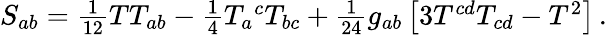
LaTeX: S_{ab}=\textstyle{\frac{1}{12}}TT_{ab}-\textstyle{\frac{1}{4}}T_{a}{}^{c}T_{bc}+\textstyle{\frac{1}{24}}g_{ab}\left[3T^{cd}T_{cd}-T^{2}\right]\, .